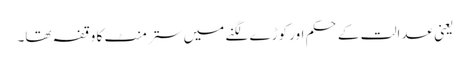
یعنی عدالت کے حکم اور کوڑے لگنے میں ستر منٹ کا وقفہ تھا۔